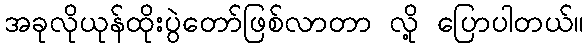
အခုလိုယုန်ထိုးပွဲတော်ဖြစ်လာတာ လို့ ပြောပါတယ်။